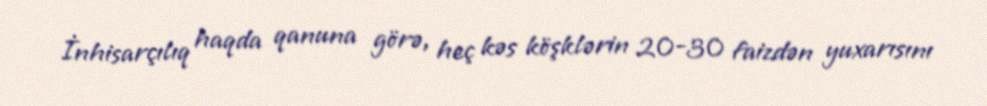
İnhisarçılıq haqda qanuna görə, heç kəs köşklərin 20-30 faizdən yuxarısını